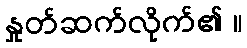
နှုတ်ဆက်လိုက်၏ ။